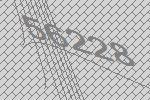
56228